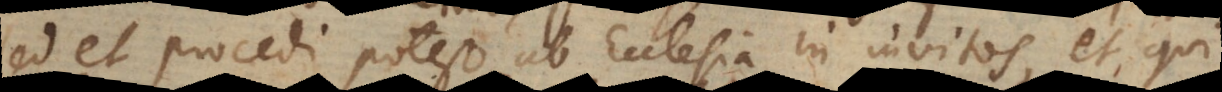
sed et procedi potest ab Ecclesia in invitos, et qui